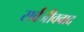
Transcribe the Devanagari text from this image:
सर्वजीववाद